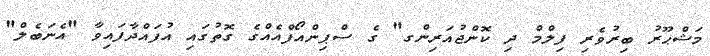
މަޝްޙޫރު ބިރުވެރި ފިލްމް ދި ކޮންޖުއަރިންގ" ގެ ސްޕިންއޯފްއެއްގެ ގޮތުގައި އުފައްދާފައިވާ "އެނަބެލް"